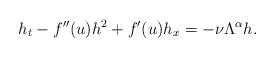
LaTeX: \begin{align*} h_t-f''(u) h^2+f'(u) h_x=-\nu \Lambda^{\alpha} h.\end{align*}